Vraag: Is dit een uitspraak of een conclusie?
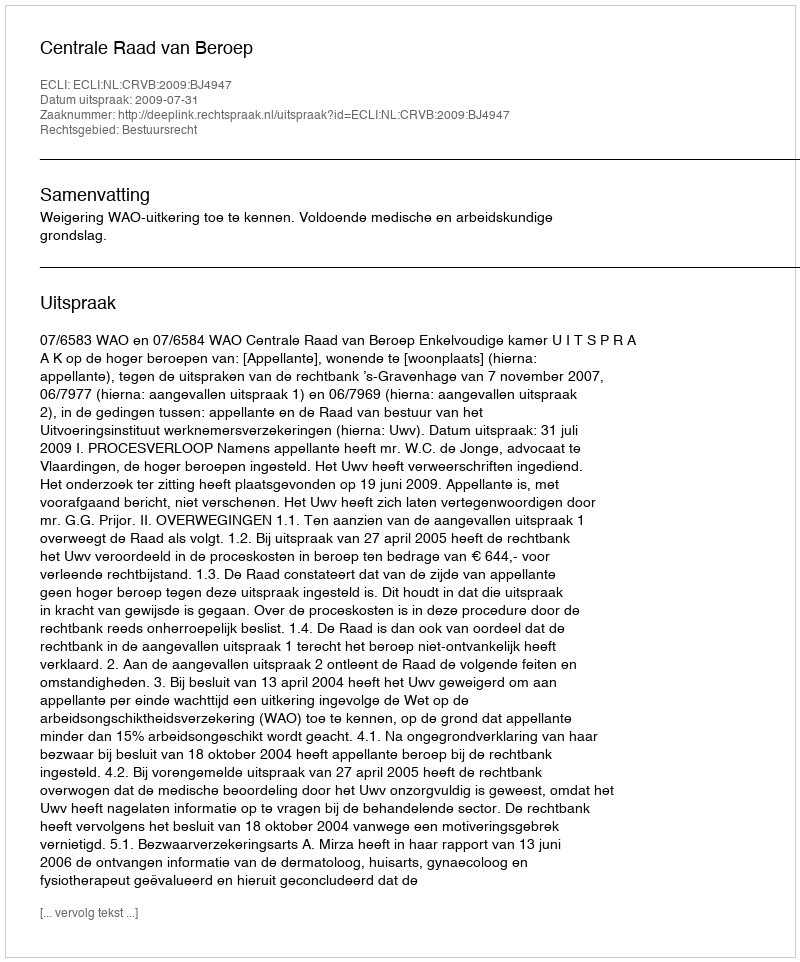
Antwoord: Uitspraak